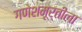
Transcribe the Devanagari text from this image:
गणेशमूर्तीला